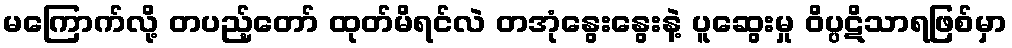
မကြောက်လို့ တပည့်တော် ထုတ်မိရင်လဲ တအုံနွေးနွေးနဲ့ ပူဆွေးမှု ဝိပ္ပဋိသာရဖြစ်မှာ